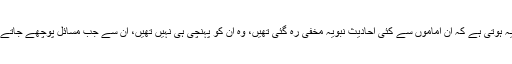
اس کی وجہ عام طورپر یہ ہوتی ہے کہ ان اماموں سے کئی احادیث نبویہ مخفی رہ گئی تھیں، وہ ان کو پہنچی ہی نہیں تھیں، ان سے جب مسائل پوچھے جاتے تو وہ اجتہاد کرتے تھے۔